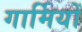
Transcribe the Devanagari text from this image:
गार्मियों